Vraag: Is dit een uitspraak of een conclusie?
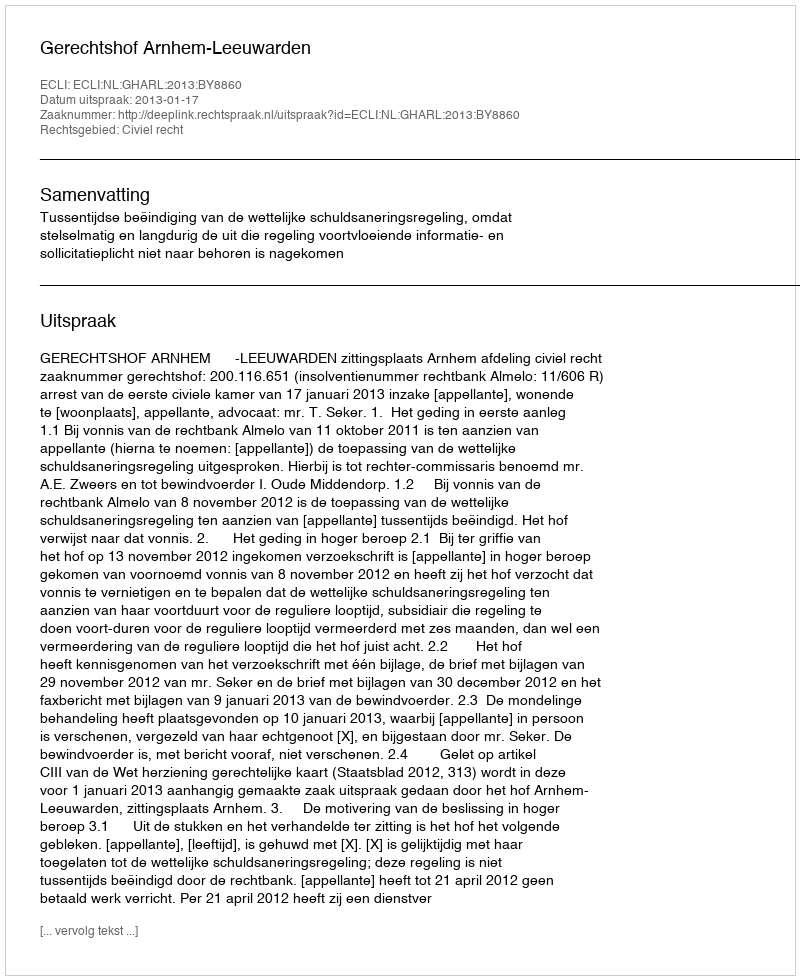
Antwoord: Uitspraak